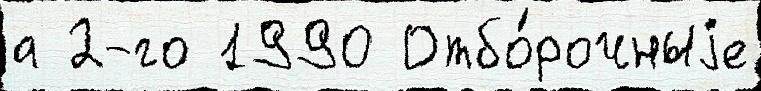
а 2-го 1990 Отбо́рочныjе